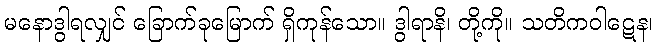
မနောဒွါရလျှင် ခြောက်ခုမြောက် ရှိကုန်သော။ ဒွါရာနိ၊ တို့ကို။ သတိကဝါဋေန၊